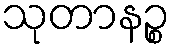
သုတာနဉ္စ